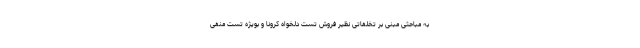
به مباحثی مبنی بر تخلفاتی نظیر فروش تست دلخواه کرونا و بویژه تست منفی